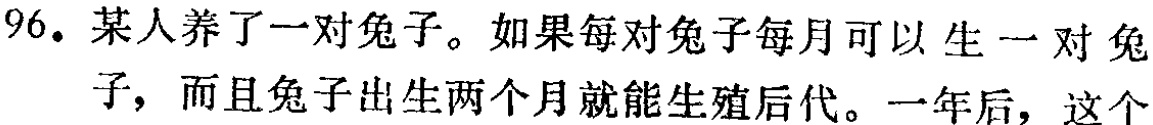
96. 某人养了一对兔子。如果每对兔子每月可以生一对兔子，而且兔子出生两个月就能生殖后代。一年后，这个